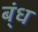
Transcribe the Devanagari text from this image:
ब्ंध